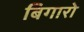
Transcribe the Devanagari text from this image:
बिगारो